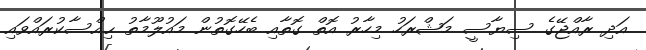
އަދި ރާއްޖޭގެ ސިޔާސީ މަޝްރަހު މިހާރު އޮތް ގޮތާއި ބެހޭގޮތުން މައުލޫމާތު ޙިއްސާކުރައްވައި